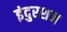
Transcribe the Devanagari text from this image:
इंदुरशन